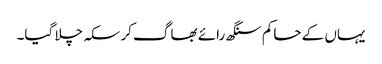
یہاں کے حاکم سنگھ رائے بھاگ کر سکہ چلا گیا۔